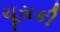
ચૂસકી